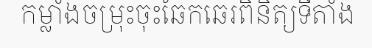
កម្លាំងចម្រុះចុះឆែកឆេរពិនិត្យទីតាំង